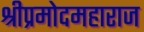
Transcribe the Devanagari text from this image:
श्रीप्रमोदमहाराज